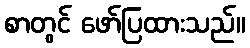
စာတွင် ဖော်ပြထားသည်။